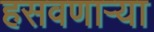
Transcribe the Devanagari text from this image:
हसवणाऱ्या